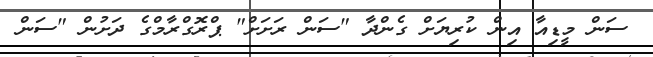
ސަން މީޑިއާ އިން ކުރިޔަށް ގެންދާ "ސަން ރަށަށް" ޕްރޮގްރާމްގެ ދަށުން "ސަން